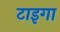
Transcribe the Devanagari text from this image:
टाइगा